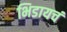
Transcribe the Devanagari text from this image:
भिडायचं